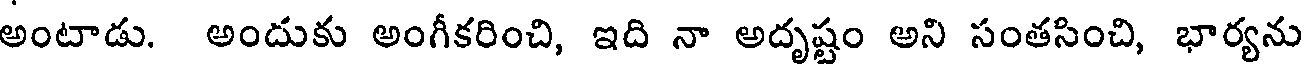
అంటాడు. అందుకు అంగీకరించి, ఇది నా అదృష్టం అని సంతసించి, భార్యను